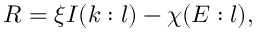
R = \xi I ( k : l ) - \chi ( E : l ) ,